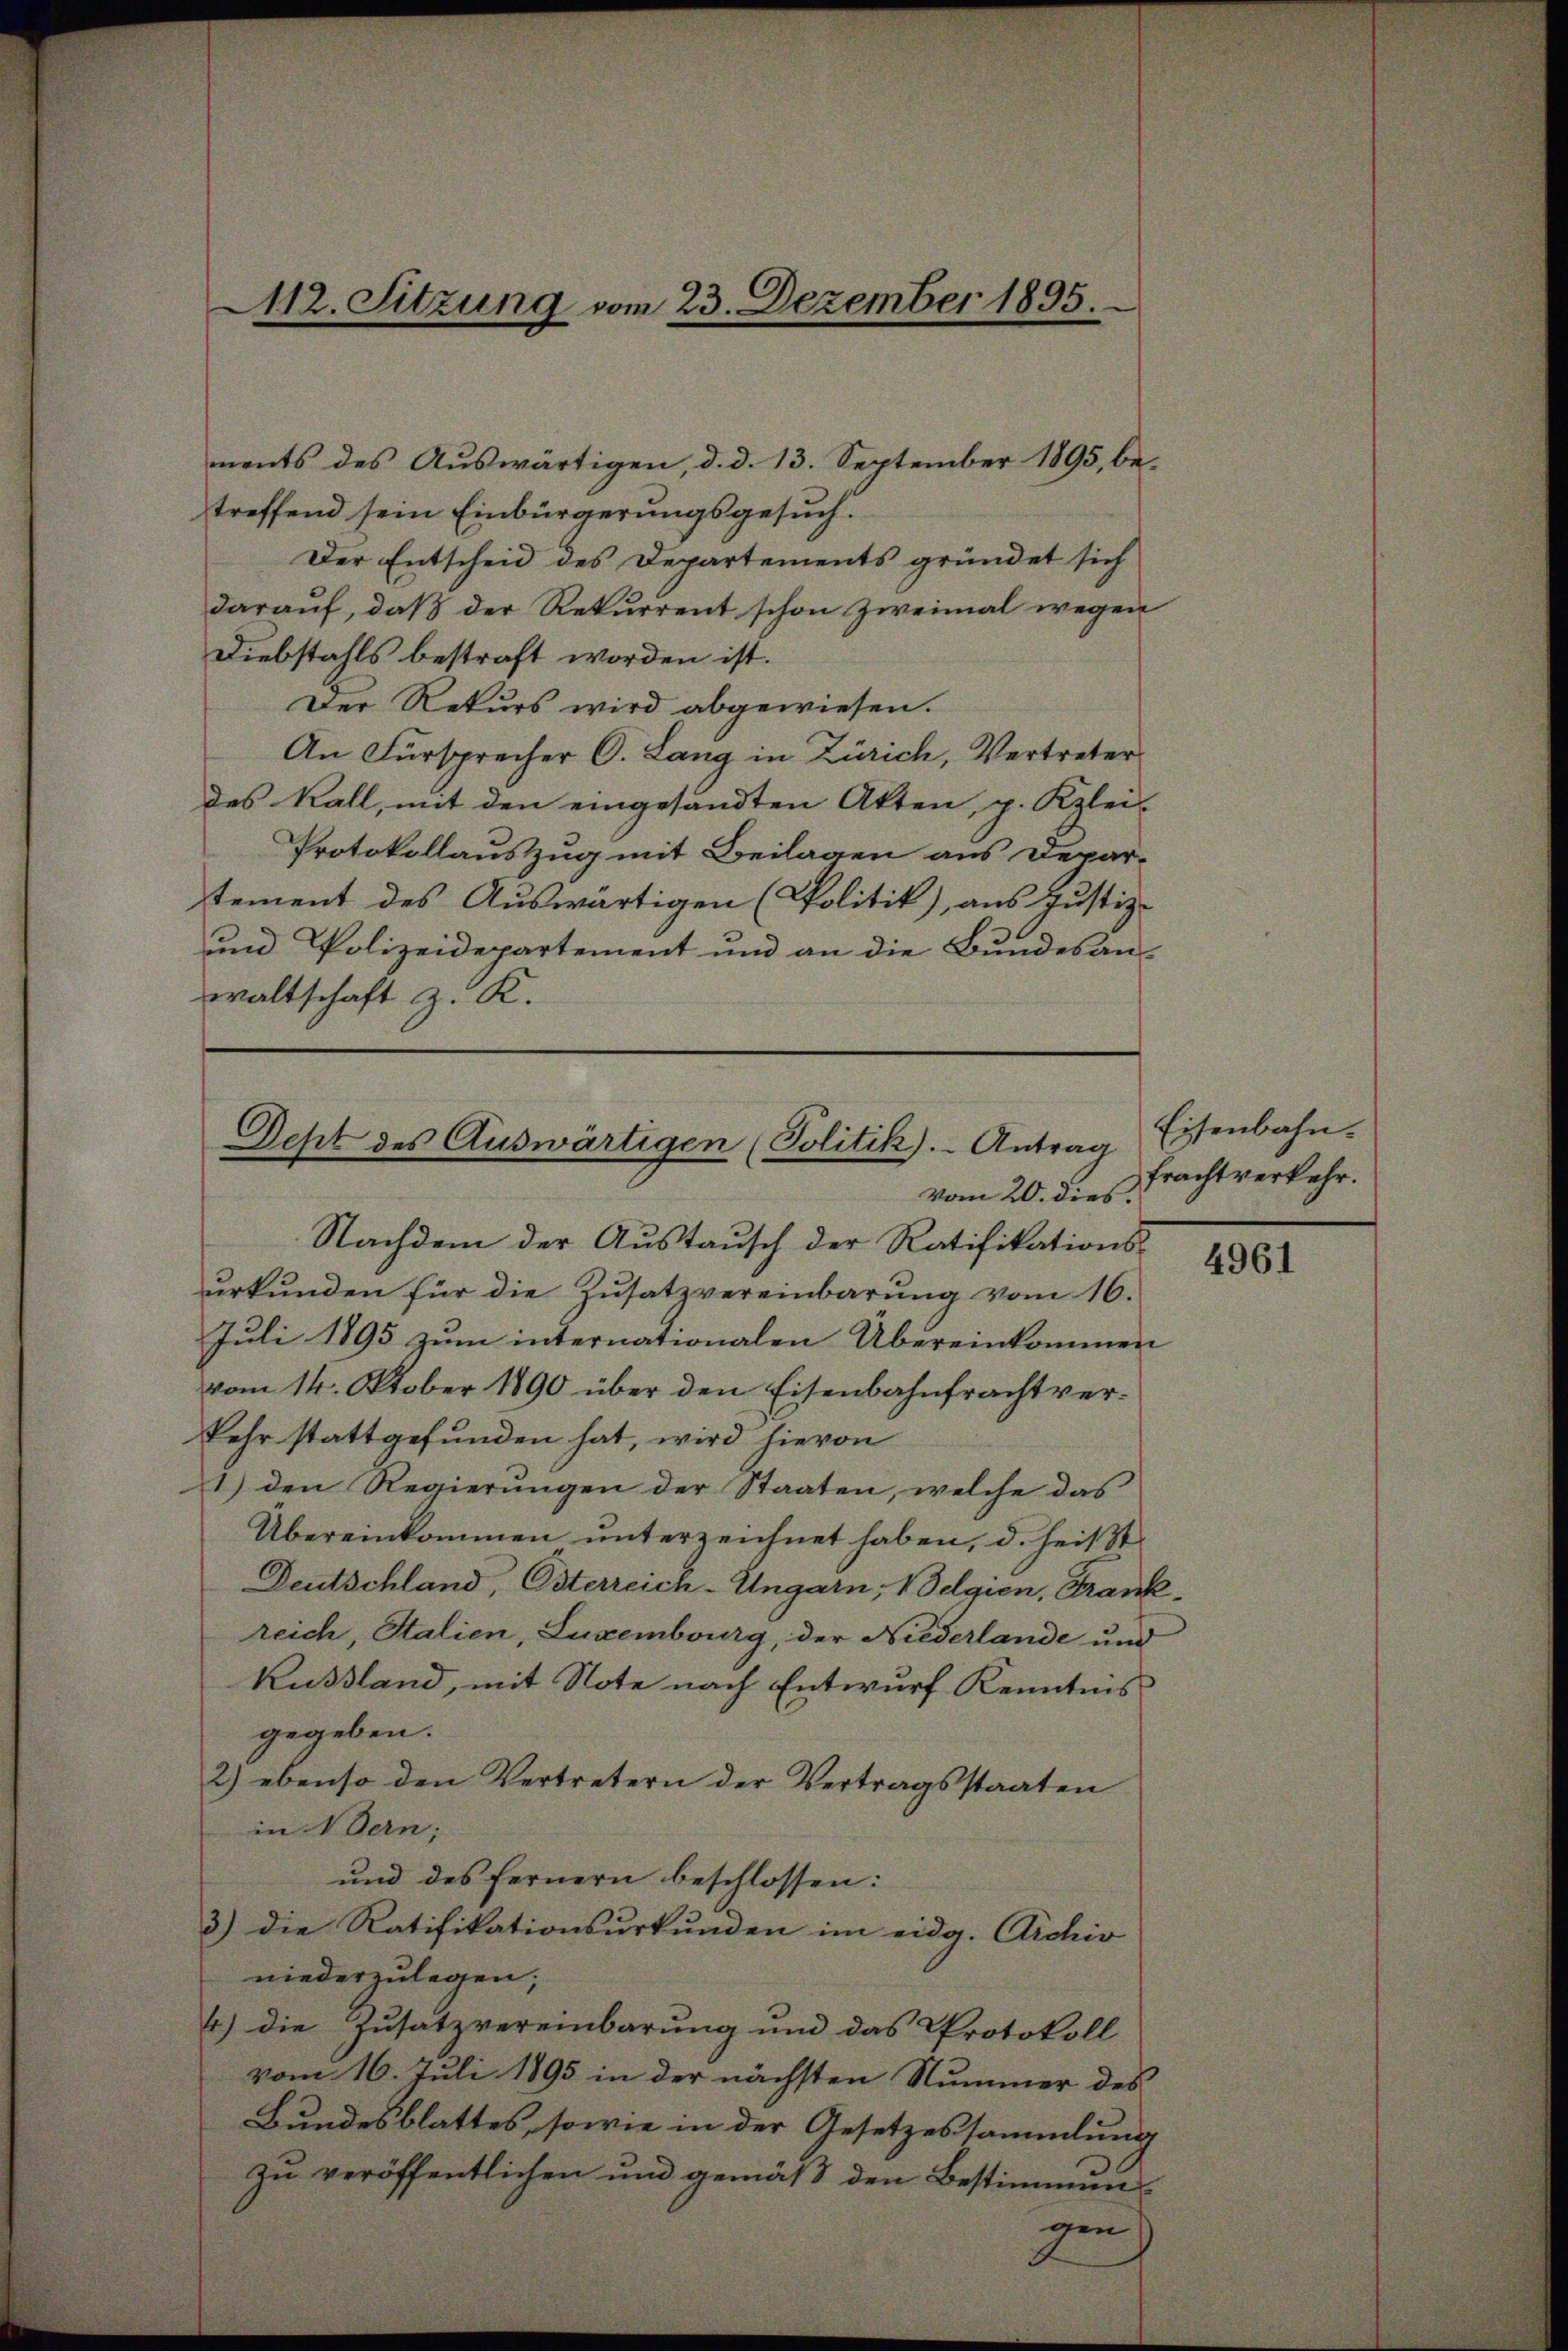
M12. Sitzung vom 23. Dezember 1895.

ments des Auswärtigen, d. d. 13. September 1895, betreffend sein Einbürgerungsgesuch.
Der Entscheid des Departements gründet sich
daraŭf, daß der Rekurrent schon zweimal wegen
Diebstahls bestraft worden ist.
Der Rekurs wird abgewiesen.
An Fürsprecher O. Lang in Zürich, Vertreter
des Kall, mit den eingesandten Akten, p. Kzlei-
Protokollauszug mit Beilagen aus Depar-
tement des Auswärtigen (Politik), aus Justiz-
und Polizeidepartement und an die Bundesan-
waltschaft z. K.

Dest des Auswärtigen (Politik. Antrag

vom 20. dies.
Nachdem der Austausch der Ratifikations-
ŭrkŭnden für die Zŭsatzvereinbarŭng vom 16.
Juli 1895 zum internationalen Übereinkommen
vom 14. Oktober 1890 über den Eisenbahnfracht verkehr stattgefunden hat, wird hievon
1) den Regierŭngen der Staaten, welche das
Übereinkommen unterzeichnet haben, d. heißt
Deutschland, Osterreich-Ungarn, Belgien, Frankreich, Stalien, Luxembourg, der Niederlande und
Kussland, mit Note nach Entwurf Kenntnis
gegeben.
2) ebenso den Vertretern der Vertragsstaaten
in Bern;
und des Fernern beschlossen:
3) die Ratifikationsŭrkŭnden im eidg. Archiv
niederzulegen;
4) die Zusatzvereinbarung und das Protokoll
vom 16. Juli 1895 in der nächsten Nummer des
Bundesblattes, sowie in der Gesetzessammlung
zu veröffentlichen und gemäß den Bestimmungen

Eisenbahn.
frachtverkehr.

4961